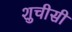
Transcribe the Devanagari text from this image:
शुचीसी